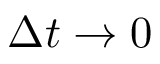
\Delta t \rightarrow 0